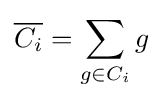
{\overline {C_{i}}}=\sum _{g\in C_{i}}g